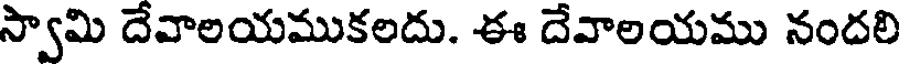
స్వామి దేవాలయముకలదు. ఈ దేవాలయము నందలి